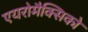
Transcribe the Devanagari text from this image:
एयरोमैक्सिको